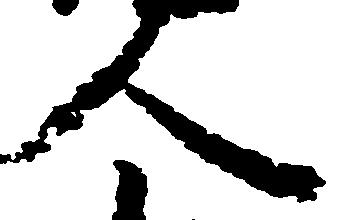
人